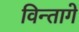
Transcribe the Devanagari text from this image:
विन्तागे